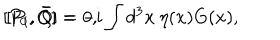
[ P _ { 0 } , \bar { Q } ] = - i \int d ^ { 3 } x \: \eta ( x ) G ( x ) , \hspace { 1 i n } [ P _ { i } , \bar { Q } ] = 0 ,